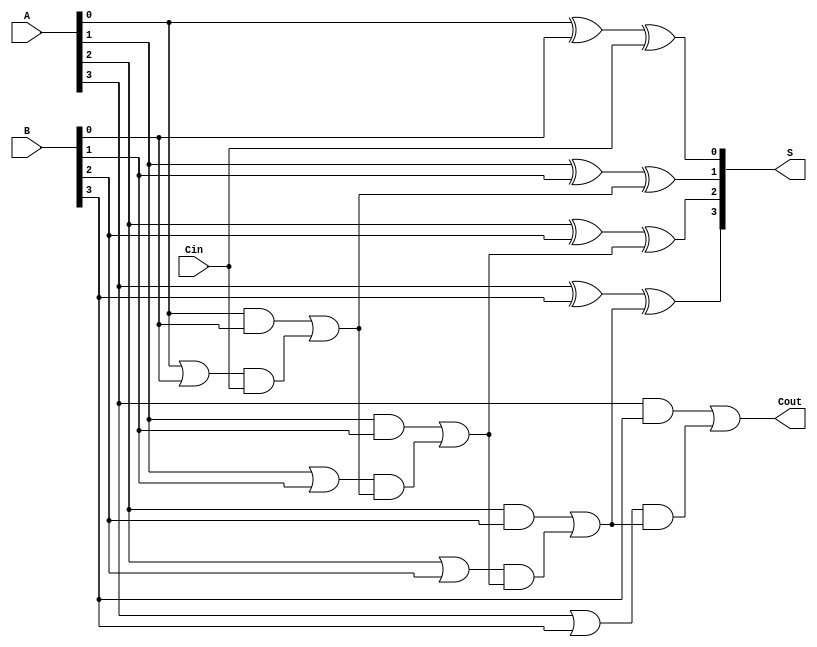
module RippleCarryLookaheadAdder #(parameter N = 4) (
    input  wire [N-1:0] A,      // First operand
    input  wire [N-1:0] B,      // Second operand
    input  wire       Cin,       // Carry input
    output wire [N-1:0] S,      // Sum output
    output wire       Cout       // Carry output
);

    // Internal wires for generate and propagate signals
    wire [N-1:0] G; // Generate signals
    wire [N-1:0] P; // Propagate signals
    wire [N:0] C;   // Carry signals

    // Generate and Propagate calculations
    genvar i;
    generate
        for (i = 0; i < N; i = i + 1) begin : gen_prop
            assign G[i] = A[i] & B[i];      // Generate: G_i = A_i & B_i
            assign P[i] = A[i] | B[i];      // Propagate: P_i = A_i | B_i
        end
    endgenerate

    // Carry calculations
    assign C[0] = Cin; // Initial carry input
    generate
        for (i = 0; i < N; i = i + 1) begin : carry_calc
            if (i == 0) begin
                assign C[i+1] = G[i] | (P[i] & C[i]); // C_1 = G_0 | (P_0 & C_0)
            end else begin
                assign C[i+1] = G[i] | (P[i] & C[i]); // C_i = G_{i-1} | (P_{i-1} & C_{i-1})
            end
        end
    endgenerate

    // Sum calculation
    generate
        for (i = 0; i < N; i = i + 1) begin : sum_calc
            assign S[i] = A[i] ^ B[i] ^ C[i]; // S_i = A_i ^ B_i ^ C_i
        end
    endgenerate

    // Final carry output
    assign Cout = C[N]; // Carry out

endmodule